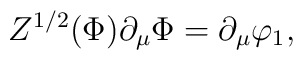
Z^{1/2} (\Phi) \partial_\mu \Phi = \partial_\mu \varphi_1,